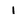
Character: 1